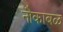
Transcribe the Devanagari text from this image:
नौकाबळ